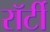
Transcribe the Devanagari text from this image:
रॉर्टी